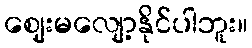
ဈေးမလျော့နိုင်ပါဘူး။